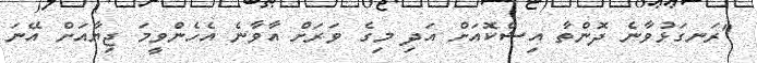
"ރަނގަޅުވާނެ ދޮންތާ އިޝްކޮއަށް އަދި މިގެ ވަރަށް އާވާނެ އެހެންވީމަ ޖިޔާއަށް އޭނަ